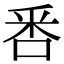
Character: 𠳅